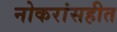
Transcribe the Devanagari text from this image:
नोकरांसहीत